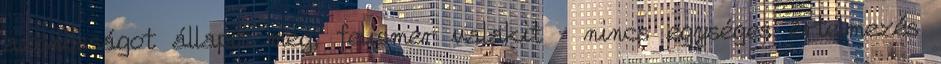
azonosságot állapít meg, felismer valakit – nincs egységes értelmezés